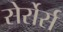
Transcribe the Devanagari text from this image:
सेर्रोर्स